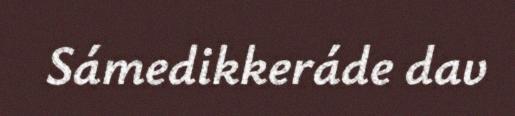
Sámedikkeráde dav